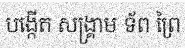
បង្កើត សង្គ្រាម ទ័ព ព្រៃ